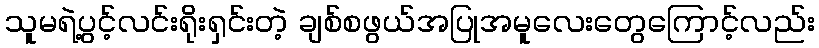
သူမရဲ့ပွင့်လင်းရိုးရှင်းတဲ့ ချစ်စဖွယ်အပြုအမူလေးတွေကြောင့်လည်း